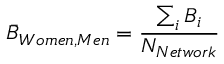
\bar { B } _ { W o m e n , M e n } = \frac { \sum _ { i } B _ { i } } { N _ { N e t w o r k } }